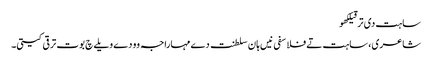
ساہت دی ترقیلکھو
شاعری، ساہت تے فلاسفی نیں ہان سلطنت دے مہاراجہ وو دے ویلے چ بوت ترقی کیتی۔